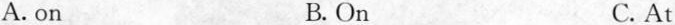
A. on B. On C. At